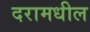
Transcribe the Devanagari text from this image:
दरामधील